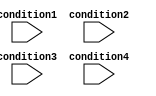
module priority_case_example (
    input wire condition1,
    input wire condition2,
    input wire condition3,
    input wire condition4
);

// Priority case statement
always @*
begin
    case (1'b1)
        condition1: begin
            // Code block for condition1
        end
        condition2: begin
            // Code block for condition2
        end
        condition3: begin
            // Code block for condition3
        end
        condition4: begin
            // Code block for condition4
        end
    endcase
end

endmodule